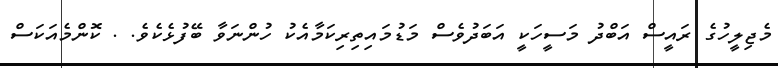
މެޖިލީހުގެ ރައީސް އަބްދު މަސީހަކީ އަބަދުވެސް މަޑުމައިތިރިކަމާއެކު ހުންނަވާ ބޭފުޅެކެވެ. . ކޮންމެއަކަސް